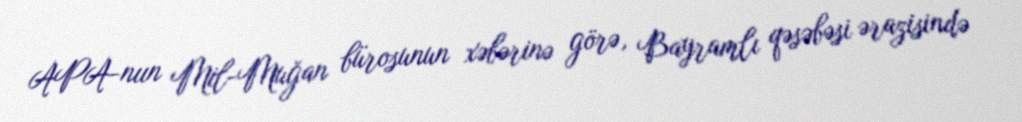
APA-nıın Mil-Muğan bürosunun xəbərinə görə, Bayramlı qəsəbəsi ərazisində